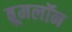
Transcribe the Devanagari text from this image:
ब्रूमलॉन